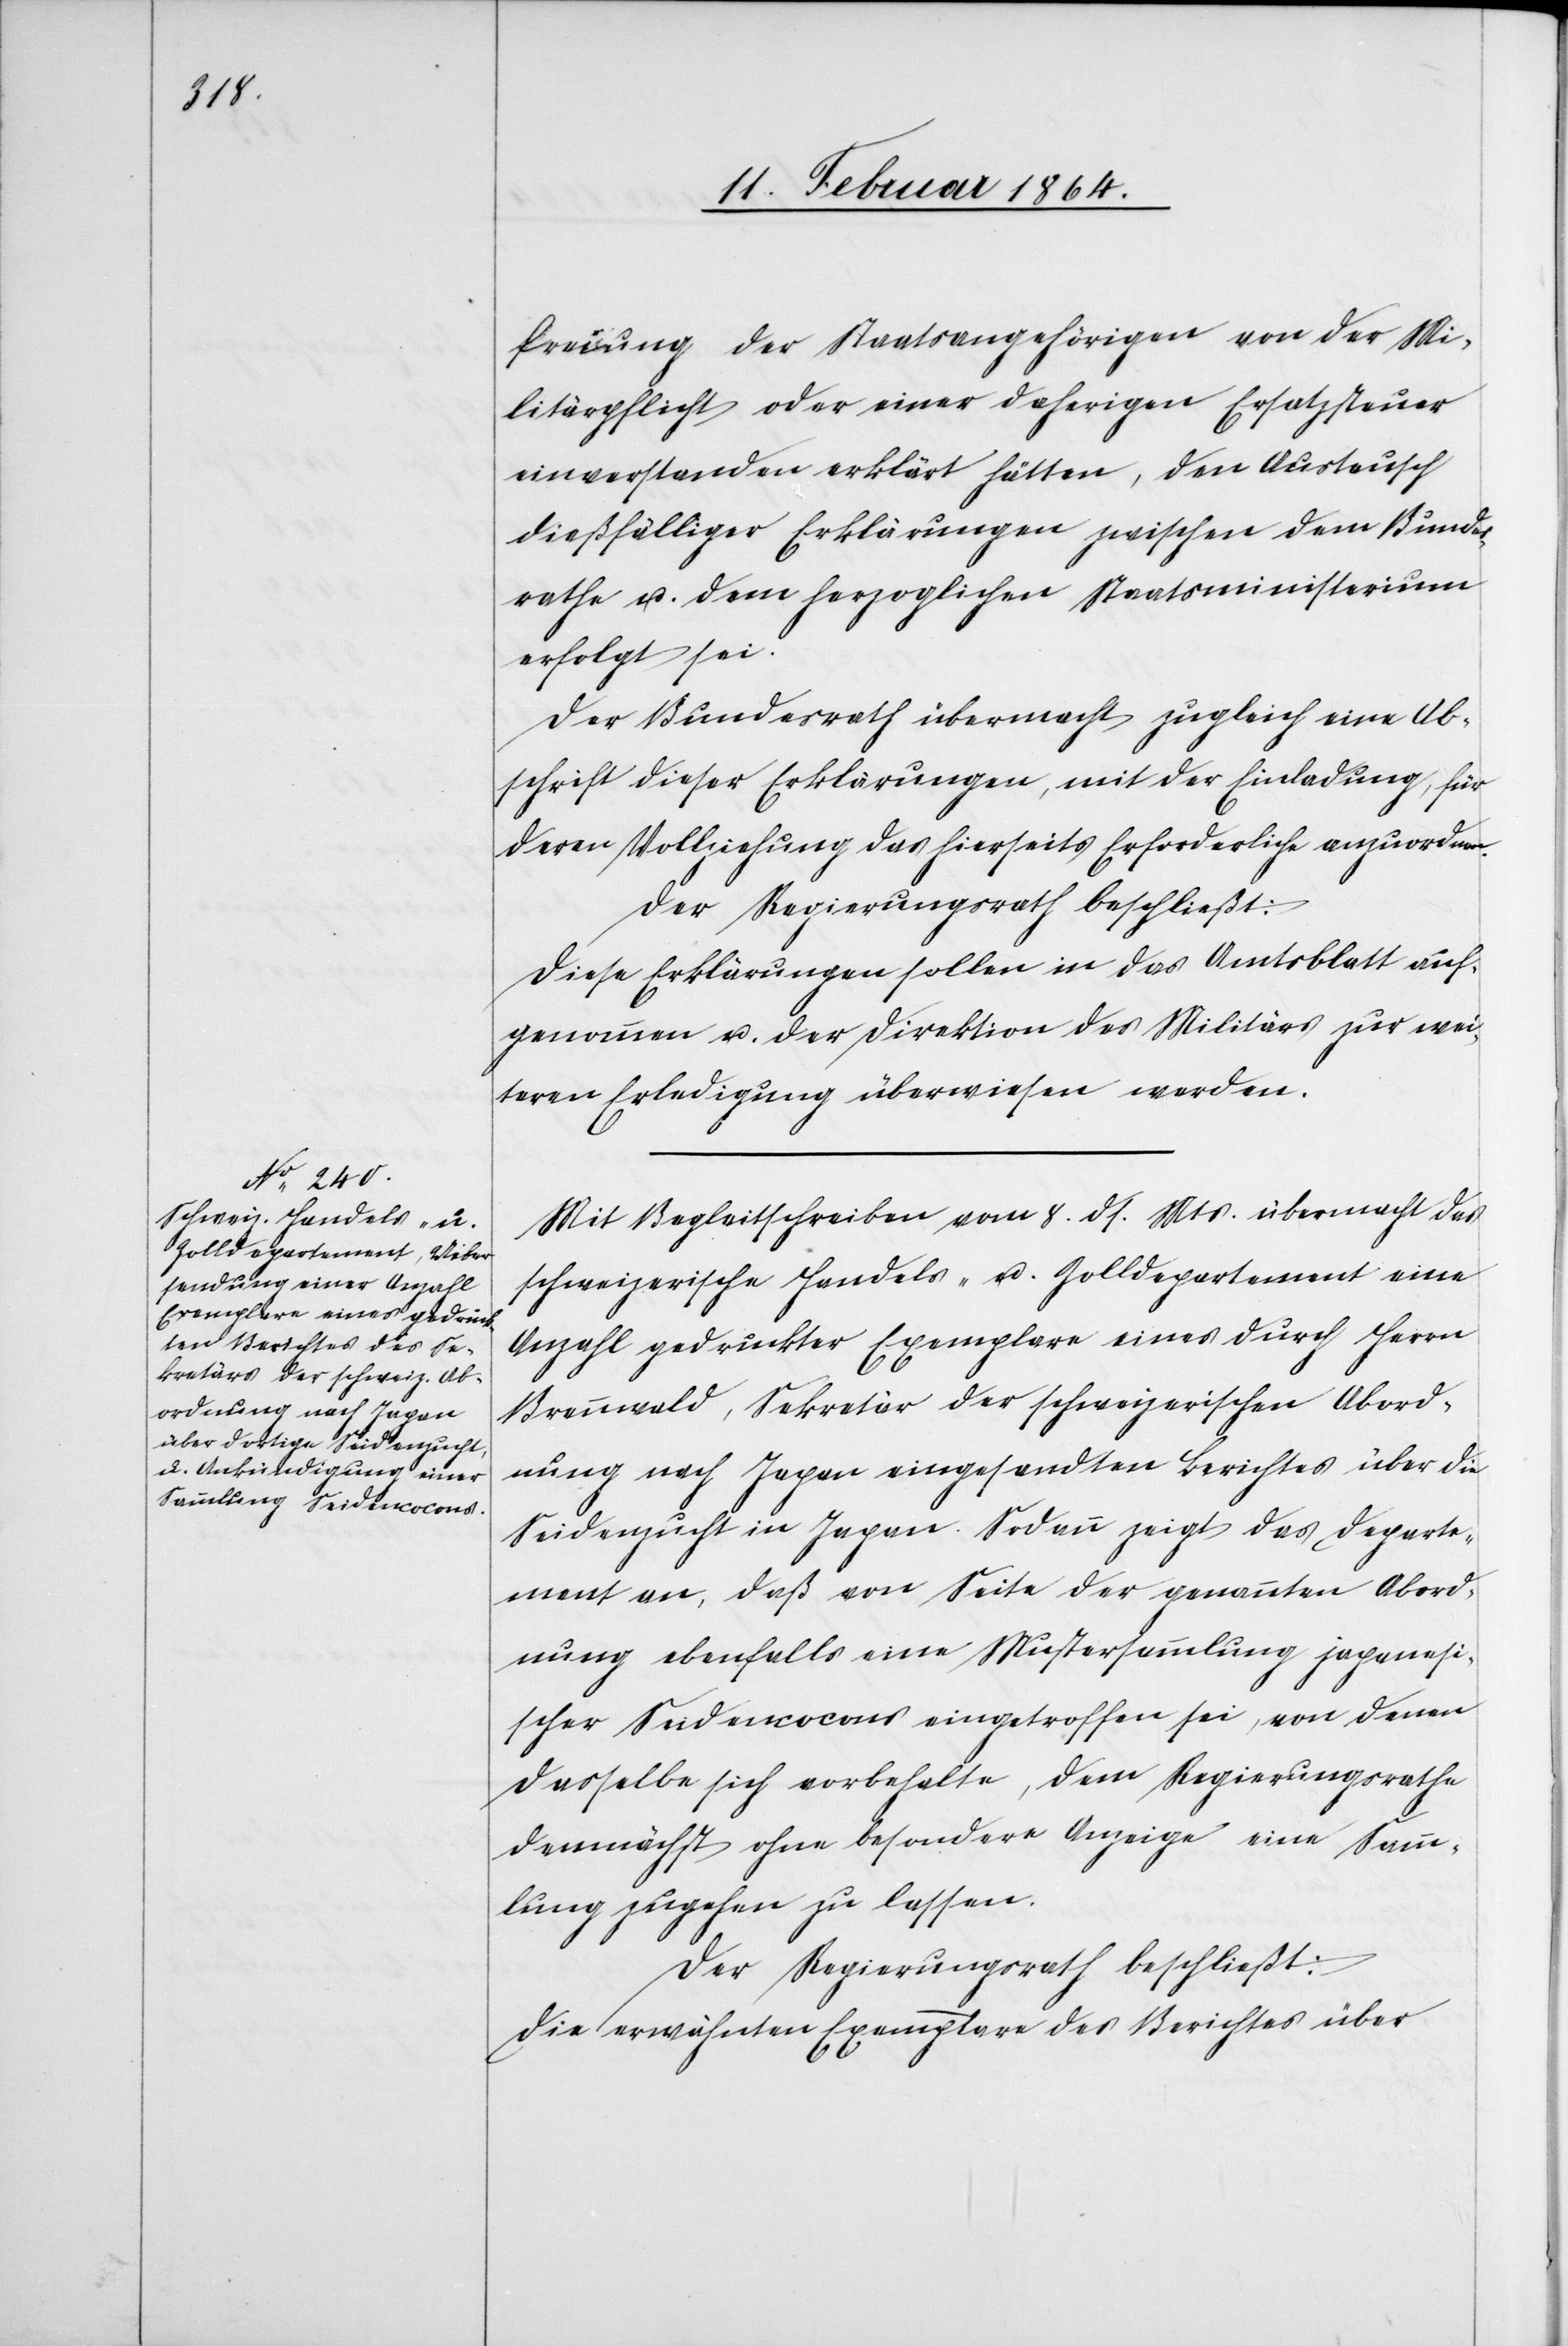
freiung der Staatsangehörigen von der Mi¬
litärpflicht oder einer daherigen Ersatzsteuer
einverstanden erklärt hätten, den Austausch
dießfälliger Erklärungen zwischen dem Bundes¬
rathe u. dem herzoglichen Staatsministerium
erfolgt sei.
Der Bundesrath übermacht zugleich eine Ab¬
schrift dieser Erklärungen, mit der Einladung, für
deren Vollziehung das hierseits Erforderliche anzuordnen.
Der Regierungsrath beschließt:
Diese Erklärungen sollen in das Amtsblatt auf¬
genommen u. der Direktion des Militärs zur wei¬
teren Erledigung überwiesen werden.
Mit Begleitschreiben vom 8. ds. Mts. übermacht das
schweizerische Handels- u. Zolldepartement eine
Anzahl gedruckter Exemplare eines durch Herrn
Brennwald, Sekretär der schweizerischen Abord¬
nung nach Japan eingesandten Berichtes über die
Seidenzucht in Japan. Sodann zeigt das Departe¬
ment an, daß von Seite der genannten Abord¬
nung ebenfalls eine Mustersammlung japanesi¬
scher Seidencocons eingetroffen sei, von denen
dasselbe sich vorbehalte, dem Regierungsrathe
demnächst ohne besondere Anzeige eine Samm¬
lung zugehen zu lassen.
Der Regierungsrath beschließt:
Die erwähnten Exemplare des Berichtes über